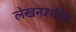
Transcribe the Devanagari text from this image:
लेखनशक्ति